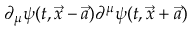
\partial _ { \mu } \psi ( t , \vec { x } - \vec { a } ) \partial ^ { \mu } \psi ( t , \vec { x } + \vec { a } )